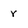
Character: r